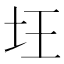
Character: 𡉠